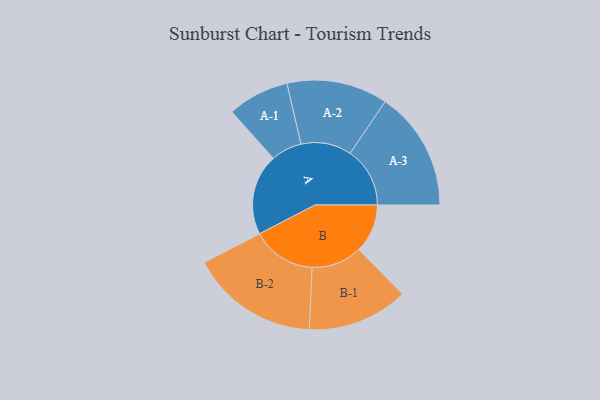
{"axis": {"x": "Segment", "y": "Value"}, "legend": ["", "A", "B"], "data": [{"x": "A", "y": 313, "type": ""}, {"x": "B", "y": 188, "type": ""}, {"x": "A-1", "y": 119, "type": "A"}, {"x": "A-2", "y": 195, "type": "A"}, {"x": "A-3", "y": 231, "type": "A"}, {"x": "B-1", "y": 195, "type": "B"}, {"x": "B-2", "y": 248, "type": "B"}]}